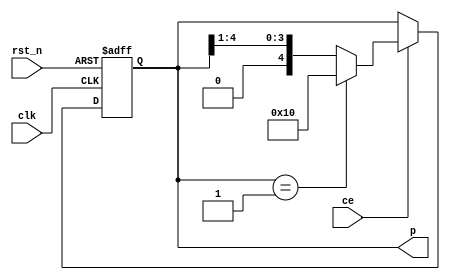
module phasecounter(
			input clk,rst_n,ce,
			output reg [4:0] p
			);
			always @(posedge clk or negedge rst_n) begin
				if (!rst_n) begin
					p <= 5'b10000;
				end else begin
					if (ce==1'b1) begin
						if (p==5'b00001)
							p <= 5'b10000;
						else 
							p <= p >> 1;
					end
				end
			end  		
endmodule